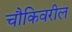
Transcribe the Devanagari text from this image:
चौकिवरील